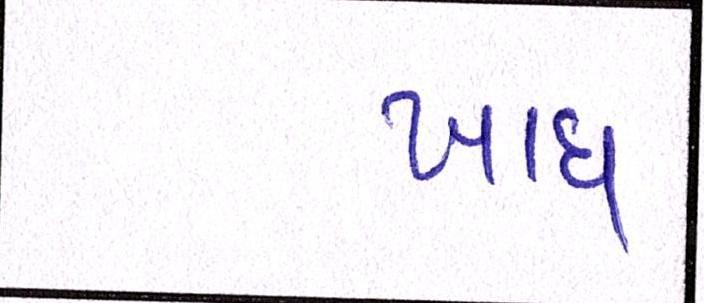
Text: ખાધ